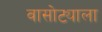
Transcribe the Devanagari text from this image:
वासोट्याला